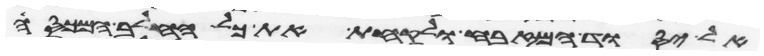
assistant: אל יסוד המזבח ולקחת את כל החלב המכסה